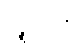
ပဉ္စကင်္ဂေါ